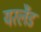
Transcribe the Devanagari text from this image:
यरलैंड